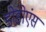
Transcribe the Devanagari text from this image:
डोडोएंस